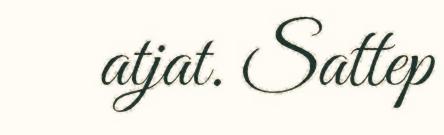
atjat. Sattep